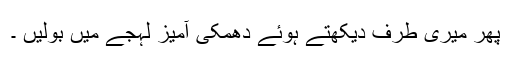
پھر میری طرف دیکھتے ہوئے دھمکی آمیز لہجے میں بولیں ۔